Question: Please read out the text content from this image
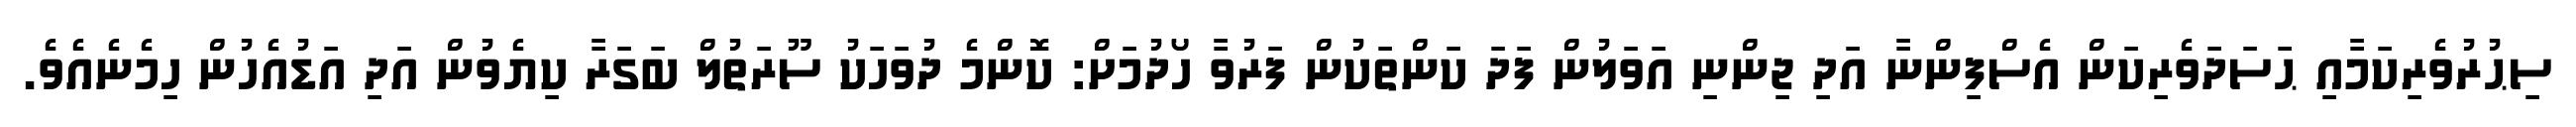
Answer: ސިޙުރުވެރިކަމާއި ޙަސަދަވެރިކަން އެސްފިންނާ އަދި ޖިންނި އަވަލުން ފަދަ ކަންތަކުން ފަރުވާ ހޯދުމަށް: ކޮންމެ ދުވަހަކު ސޫރަތުލް ބަގަރާ ކިޔެވުން އަދި އަޑުއެހުން ހިމެނެއެވެ.